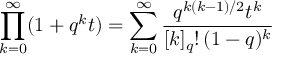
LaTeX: \prod _ { k = 0 } ^ { \infty } ( 1 + q ^ { k } t ) = \sum _ { k = 0 } ^ { \infty } { \frac { q ^ { k ( k - 1 ) / 2 } t ^ { k } } { [ k ] _ { q } ! \, ( 1 - q ) ^ { k } } }